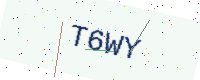
Text: T6WY